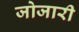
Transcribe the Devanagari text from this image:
जोजारी